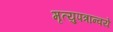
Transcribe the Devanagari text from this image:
मृत्युपत्रान्वये